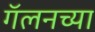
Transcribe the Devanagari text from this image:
गॅलनच्या